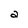
Character: a